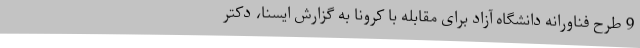
9 طرح فناورانه دانشگاه آزاد برای مقابله با کرونا به گزارش ایسنا، دکتر